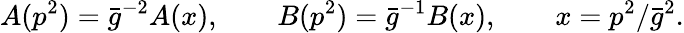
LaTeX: A(p^{2})=\bar{g}^{-2}A(x),\qquad B(p^{2})=\bar{g}^{-1}B(x),\qquad x=p^{2}/{\bar{g}^{2}}.